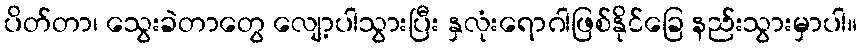
ပိတ်တာ၊ သွေးခဲတာတွေ လျော့ပါသွားပြီး နှလုံးရောဂါဖြစ်နိုင်ခြေ နည်းသွားမှာပါ။